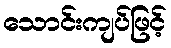
သောင်းကျပ်ဖြင့်